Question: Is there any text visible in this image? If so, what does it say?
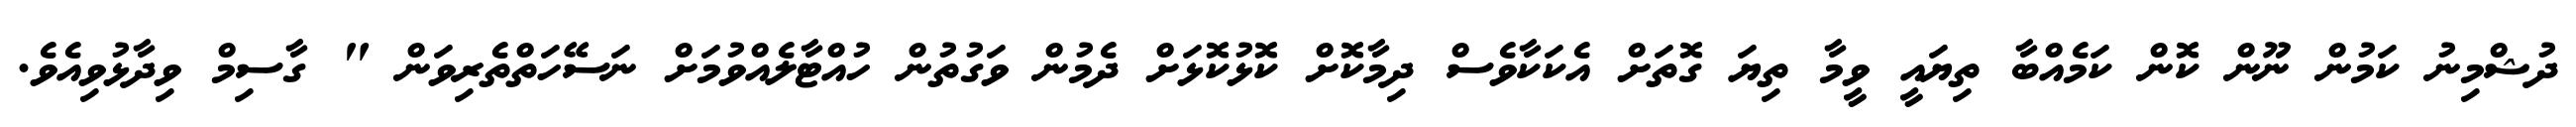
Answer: ދުޝްމިނު ކަމުން ނޫން ކޮން ކަމެއްބާ ތިޔައީ ވީމާ ތިޔަ ގޮތަށް އެކަކާވެސް ދިމާކޮށް ކޮޅުކޮޅަށް ދެމުން ވަގުތުން ހުއްޓާލެއްވުމަށް ނަސޭހަތްތެރިވަން " ގާސިމް ވިދާޅުވިއެވެ.